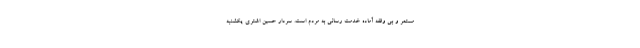
مستمر و بی وقفه آماده خدمت رسانی به مردم است. سردار حسین اشتری یکشنبه